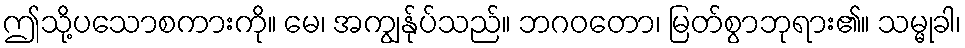
ဤသို့ပသောစကားကို။ မေ၊ အကျွန်ုပ်သည်။ ဘဂဝတော၊ မြတ်စွာဘုရား၏။ သမ္မုခါ၊